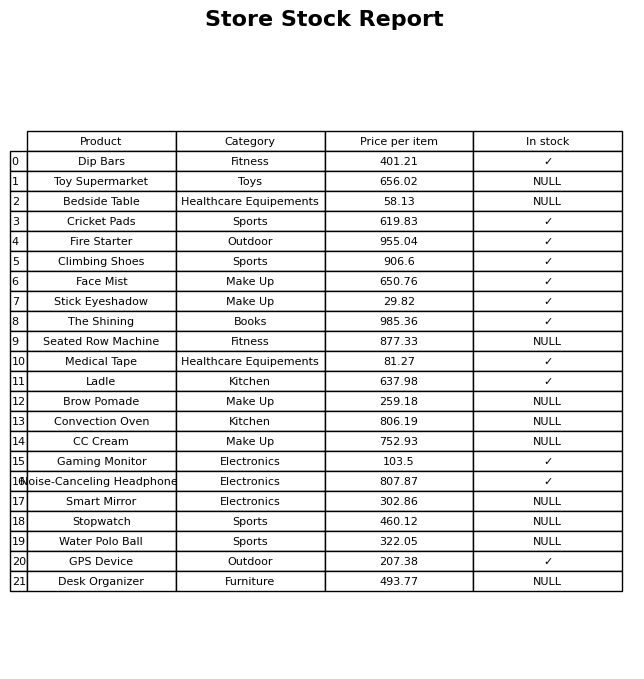
question: What category does the The Shining belong to?
answer: Books